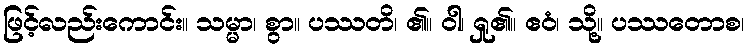
ဖြင့်လည်းကောင်း။ သမ္မာ၊ စွာ။ ပဿတိ၊ ၏။ ဝါ၊ ရှု၏။ ဧဝံ၊ သို့။ ပဿတောစ၊